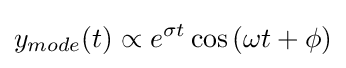
y_{mode}(t)\propto e^{\sigma t}\cos {(\omega t+\phi )}